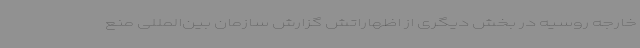
خارجه روسیه در بخش دیگری از اظهاراتش گزارش سازمان بین‌المللی منع